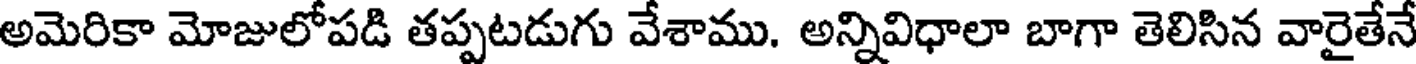
అమెరికా మోజులోపడి తప్పటడుగు వేశాము. అన్నివిధాలా బాగా తెలిసిన వారైతేనే